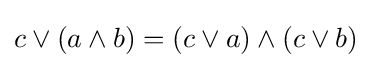
c\vee (a\wedge b)=(c\vee a)\wedge (c\vee b)